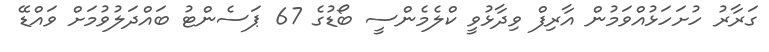
ގަރާރު ހުށަހަޅުއްވަމުން އާރިފް ވިދާޅުވީ ކްލެމެންސީ ބޯޑުގެ 67 ޕަސެންޓު ބައްދަލުވުމަށް ވައްޑޭ